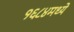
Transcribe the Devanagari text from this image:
१६८४मध्ये